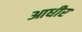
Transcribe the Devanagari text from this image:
आधीर